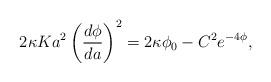
LaTeX: \begin{align*}2\kappa K a^2\left(\frac{d\phi}{da}\right)^2=2\kappa \phi_0 - C^2 e^{-4\phi},\end{align*}